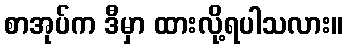
စာအုပ်က ဒီမှာ ထားလို့ရပါသလား။